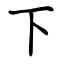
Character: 下